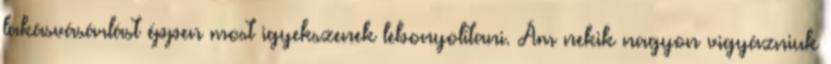
lakásvásárlást éppen most igyekszenek lebonyolítani. Ám nekik nagyon vigyázniuk